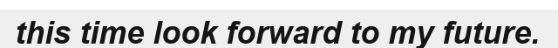
this time look forward to my future.